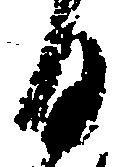
る